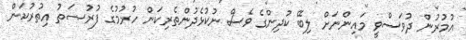
އުމުރުން ދުވަސްވީ މައިންނަށް ލިބޭ ކުދިންގެ ވެސް ނުކުޅެދުންތެރިކަން ހުރުމުގެ ފުރުޞަތު އިތުރުކަން